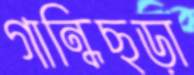
গান্ধিছড়া